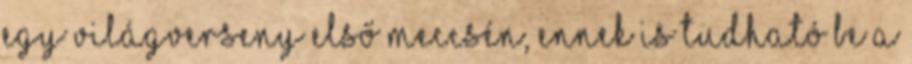
egy világverseny első meccsén, ennek is tudható be a